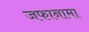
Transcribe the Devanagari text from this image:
जफानामा